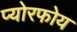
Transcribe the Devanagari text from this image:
प्योरफोय